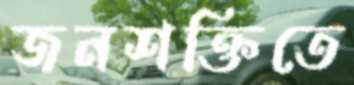
জনশক্তিতে